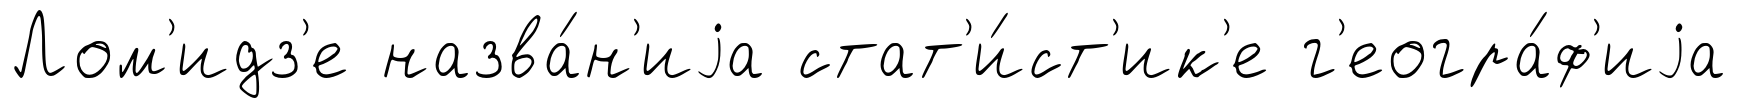
Лом'идз'е назва́н'иjа стат'и́ст'ик'е г'еогра́ф'иjа